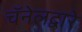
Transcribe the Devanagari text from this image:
चॅनेलद्वारे